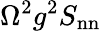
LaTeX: \Omega^{2}g^{2}S_{\mathrm{nn}}